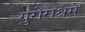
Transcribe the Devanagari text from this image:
गुरोराश्रमे